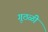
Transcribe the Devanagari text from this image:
गूठळी